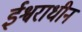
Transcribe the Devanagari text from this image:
ईश्वराधीन